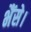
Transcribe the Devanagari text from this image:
भैंसे।